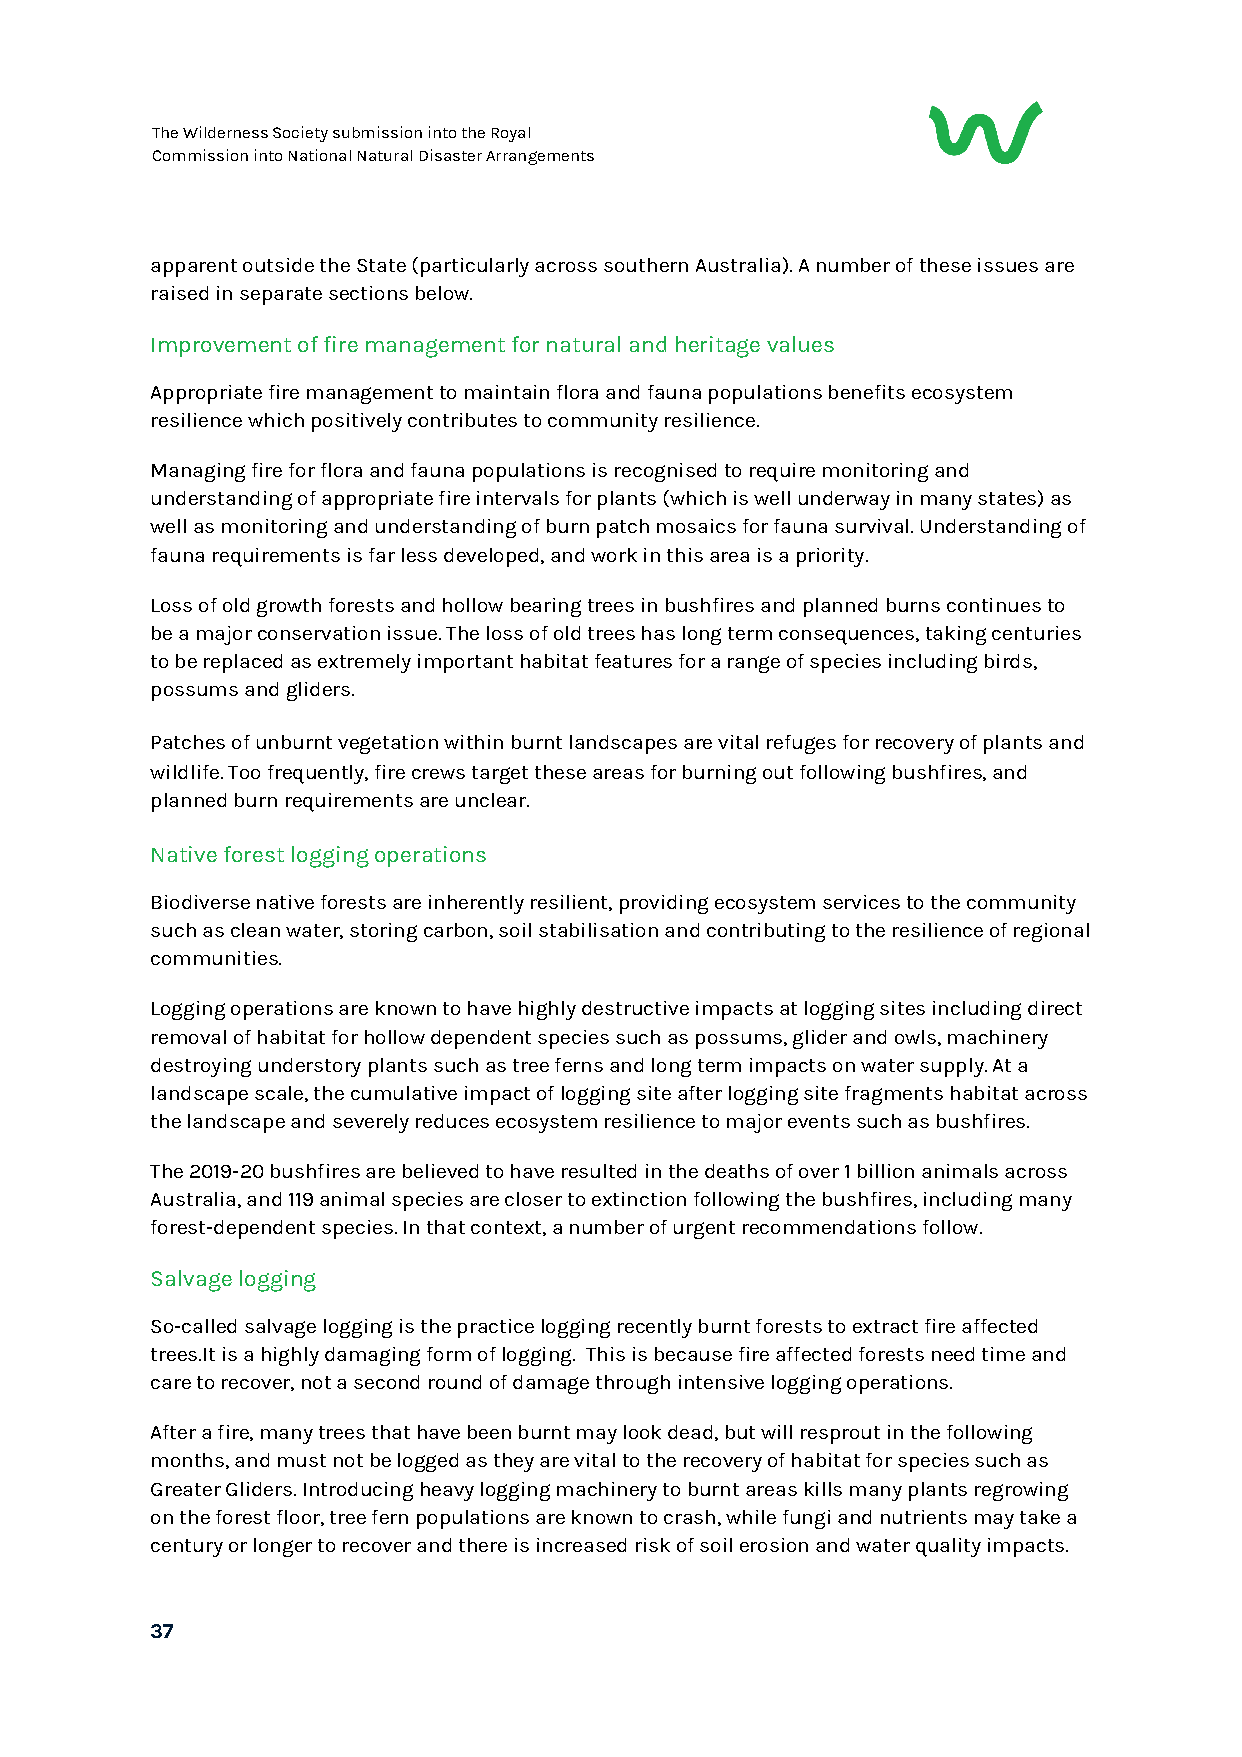
The Wilderness Society submission into the Royal
 Commission into National Natural Disaster Arrangements
 apparent outside the State (particularly across southern Australia). A number of these issues are
 raised in separate sections below.
 Improvement of fire management for natural and heritage values
 Appropriate fire management to maintain flora and fauna populations benefits ecosystem
 resilience which positively contributes to community resilience.
 Managing fire for flora and fauna populations is recognised to require monitoring and
 understanding of appropriate fire intervals for plants (which is well underway in many states) as
 well as monitoring and understanding of burn patch mosaics for fauna survival. Understanding of
 fauna requirements is far less developed, and work in this area is a priority.
 Loss of old growth forests and hollow bearing trees in bushfires and planned burns continues to
 be a major conservation issue. The loss of old trees has long term consequences, taking centuries
 to be replaced as extremely important habitat features for a range of species including birds,
 possums and gliders.
 Patches of unburnt vegetation within burnt landscapes are vital refuges for recovery of plants and
 wildlife. Too frequently, fire crews target these areas for burning out following bushfires, and
 planned burn requirements are unclear.
 Native forest logging operations
 Biodiverse native forests are inherently resilient, providing ecosystem services to the community
 such as clean water, storing carbon, soil stabilisation and contributing to the resilience of regional
 communities.
 Logging operations are known to have highly destructive impacts at logging sites including direct
 removal of habitat for hollow dependent species such as possums, glider and owls, machinery
 destroying understory plants such as tree ferns and long term impacts on water supply. At a
 landscape scale, the cumulative impact of logging site after logging site fragments habitat across
 the landscape and severely reduces ecosystem resilience to major events such as bushfires.
 The 2019-20 bushfires are believed to have resulted in the deaths of over 1 billion animals across
 Australia, and 119 animal species are closer to extinction following the bushfires, including many
 forest-dependent species. In that context, a number of urgent recommendations follow.
 Salvage logging
 So-called salvage logging is the practice logging recently burnt forests to extract fire affected
 trees.It is a highly damaging form of logging. This is because fire affected forests need time and
 care to recover, not a second round of damage through intensive logging operations.
 After a fire, many trees that have been burnt may look dead, but will resprout in the following
 months, and must not be logged as they are vital to the recovery of habitat for species such as
 Greater Gliders. Introducing heavy logging machinery to burnt areas kills many plants regrowing
 on the forest floor, tree fern populations are known to crash, while fungi and nutrients may take a
 century or longer to recover and there is increased risk of soil erosion and water quality impacts.
 37